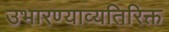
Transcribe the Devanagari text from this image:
उभारण्याव्यतिरिक्त